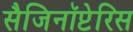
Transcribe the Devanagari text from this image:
सैजिनॉप्टेरिस